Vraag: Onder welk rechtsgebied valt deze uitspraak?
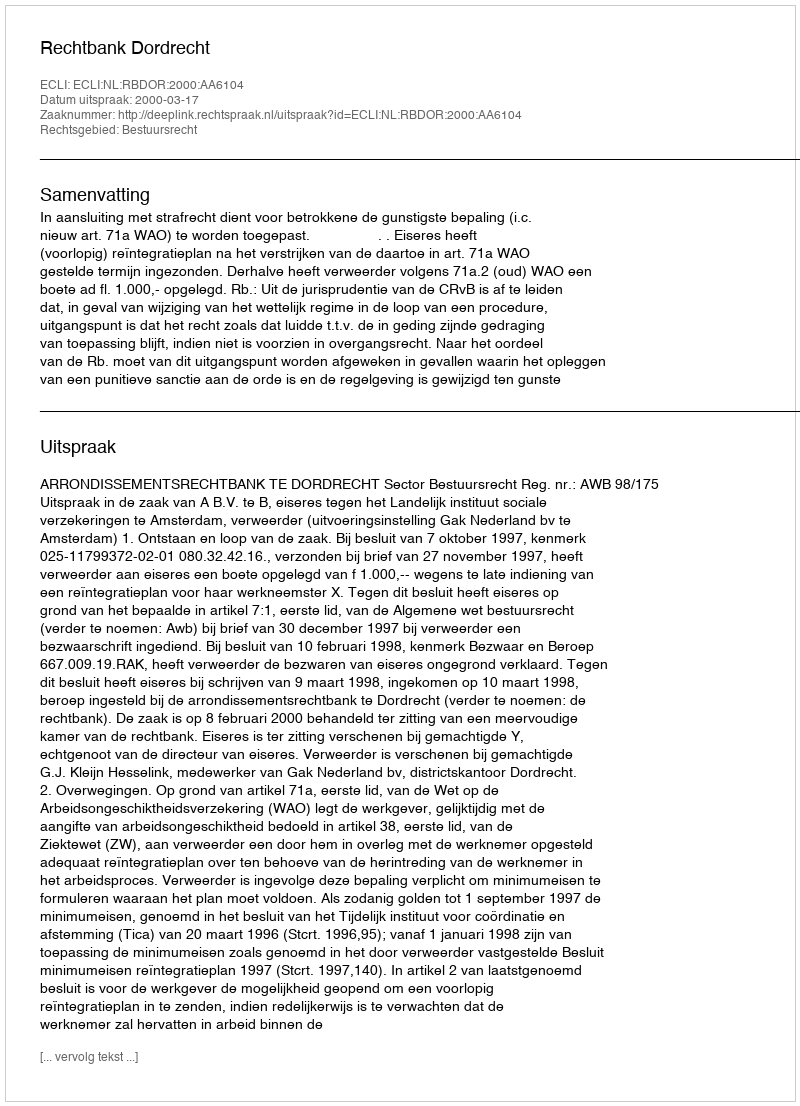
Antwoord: Bestuursrecht